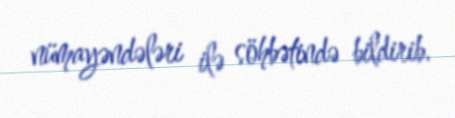
nümayəndələri ilə söhbətində bildirib.